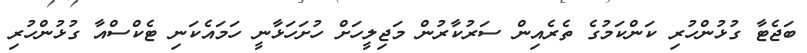
ބަޖެޓާ ގުޅުންހުރި ކަންކަމުގެ ތެރެއިން ސަރުކާރުން މަޖިލީހަށް ހުށަހަޅާނީ ހަމައެކަނި ޓެކްސްއާ ގުޅުންހުރި